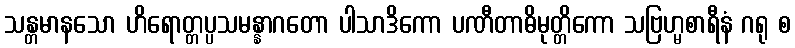
သန္တမာနသော ဟိရောတ္တပ္ပသမန္နာဂတော ပါသာဒိကော ပဏီတာဓိမုတ္တိကော သဗြဟ္မစာရီနံ ဂရု စ